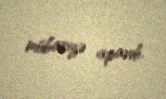
mübarizə apardı.